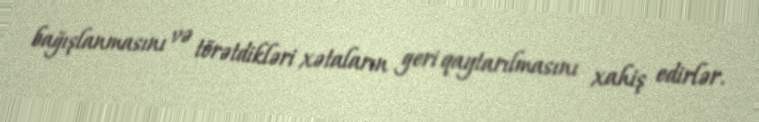
bağışlanmasını və törətdikləri xətaların geri qaytarılmasını xahiş edirlər.